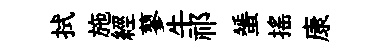
拭施經蓼牛祁蜑摇康